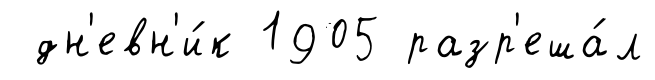
дн'евн'и́к 1905 разр'еша́л